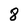
Character: 8